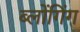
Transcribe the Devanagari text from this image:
ब्लोंगिंग